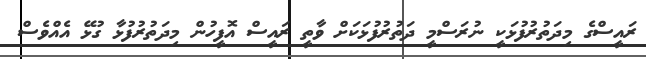
ރައީސްގެ މިދަތުރުފުޅަކީ ނުރަސްމީ ދަތުރުފުޅަކަށް ވާތީ ރައީސް އޮފީހުން މިދަތުރުފުޅާ ގުޅޭ އެއްވެސް